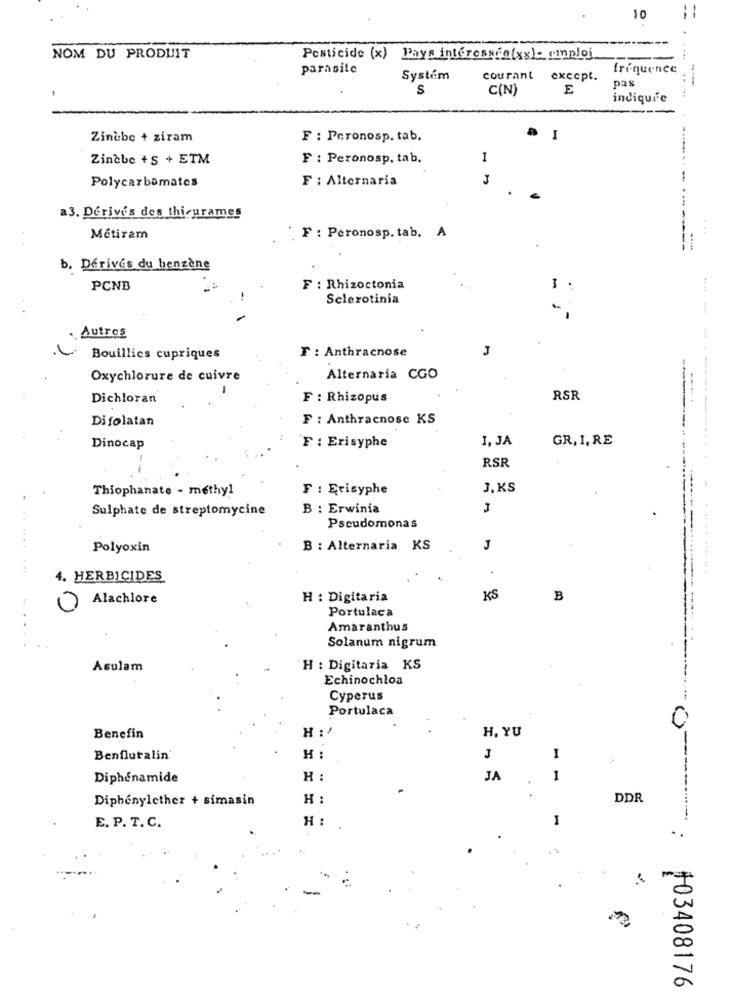
10
--
NOM DU PRODUIT
Pesticide (x) Pays interessentxx) emploi
.....
parasite
frequence
Systém
courant except.
pas
--
S
C(N)
E
indiquee
Zinèbe + ziram
F : Peronosp. tab.
I
Zincbe + S + ETM
F : Peronosp. tab.
1
Polycarbomates
F : Alternaria
-------
a3. Derives des thicurames
...
Métiram
F : Peronosp. tab. A
b. Derives du benzène
PCNB
F : Rhizoctonia
Sclerotinia
Autres
T : Anthracnose
Bouillies cupriques
Oxychlorure de cuivre
Alternaria CGO
Dichloran
F : Rhizopus
RSR
.....
Difolatan
F : Anthracnose KS
F : Erisyphe
I, JA
GR, I, RE
Dinocap
RSR
Thiophanate - methy!
F : Erisyphe
J.KS
Sulphate de streptomycine
B : Erwinia
Pseudomonas
Polyoxin
B : Alternaria KS
J
4. HERBICIDES
Alachlore
H : Digitaria
KS
B
0
Portulaca
Amaranthus
Solanum nigrum
Asulam
H : Digitaria KS
Echinochloa
Cyperus
Portulaca
H :
H, YU
Benefin
Benflutalin'
H:
J
I
Diphénamide
H :
JA
1
..
Diphénylether + simasin
H :
DDR
H :
I
E. P. T. C.
..
.
103408176